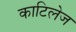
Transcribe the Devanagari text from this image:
काटिलेज